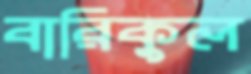
বারিকুল